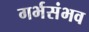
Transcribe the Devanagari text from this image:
गर्भसंभव